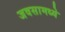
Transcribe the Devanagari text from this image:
जवसामध्ये